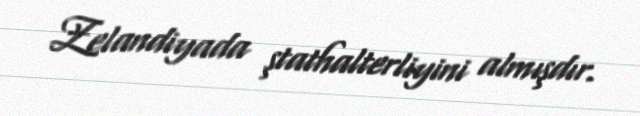
Zelandiyada ştathalterliyini almışdır.